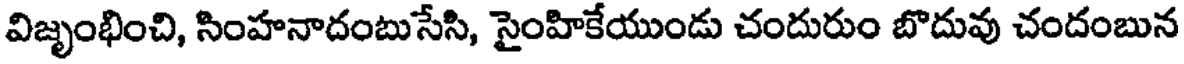
విజృంభించి, సింహనాదంబుసేసి, సైంహికేయుండు చందురుం బొదువు చందంబున